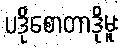
ပဒိုစောတာဒိုမူး